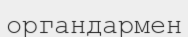
органдармен